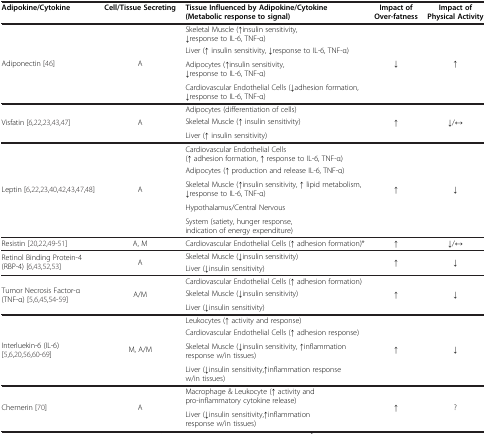
<table><thead><tr><td><b>Adipokine/Cytokine</b></td><td><b>Cell/Tissue Secreting</b></td><td><b>Tissue Influenced by Adipokine/Cytokine(Metabolic response to signal)</b></td><td><b>Impact of Over-fatness</b></td><td><b>Impact of Physical Activity</b></td></tr></thead><tbody><tr><td rowspan="4">Adiponectin [46]</td><td rowspan="4">A</td><td>Skeletal Muscle (↑insulin sensitivity, ↓response to IL-6, TNF-α)</td><td rowspan="4">↓</td><td rowspan="4">↑</td></tr><tr><td>Liver (↑ insulin sensitivity, ↓response to IL-6, TNF-α)</td></tr><tr><td>Adipocytes (↑insulin sensitivity, ↓response to IL-6, TNF-α)</td></tr><tr><td>Cardiovascular Endothelial Cells (↓adhesion formation, ↓response to IL-6, TNF-α)</td></tr><tr><td rowspan="3">Visfatin [6,22,23,43,47]</td><td rowspan="3">A</td><td>Adipocytes (differentiation of cells)</td><td rowspan="3">↑</td><td rowspan="3">↓/↔</td></tr><tr><td>Skeletal Muscle (↑ insulin sensitivity)</td></tr><tr><td>Liver (↑ insulin sensitivity)</td></tr><tr><td rowspan="5">Leptin [6,22,23,40,42,43,47,48]</td><td rowspan="5">A</td><td>Cardiovascular Endothelial Cells (↑ adhesion formation, ↑ response to IL-6, TNF-α)</td><td rowspan="5">↑</td><td rowspan="5">↓</td></tr><tr><td>Adipocytes (↑ production and release IL-6, TNF-α)</td></tr><tr><td>Skeletal Muscle (↑insulin sensitivity, ↑ lipid metabolism, ↓response to IL-6, TNF-α)</td></tr><tr><td>Hypothalamus/Central Nervous</td></tr><tr><td>System (satiety, hunger response, indication of energy expenditure)</td></tr><tr><td>Resistin [20,22,49-51]</td><td>A, M</td><td>Cardiovascular Endothelial Cells (↑ adhesion formation)*</td><td>↑</td><td>↓/↔</td></tr><tr><td rowspan="2">Retinol Binding Protein-4 (RBP-4) [6,43,52,53]</td><td rowspan="2">A</td><td>Skeletal Muscle (↓insulin sensitivity)</td><td rowspan="2">↑</td><td rowspan="2">↓</td></tr><tr><td>Liver (↓insulin sensitivity)</td></tr><tr><td rowspan="3">Tumor Necrosis Factor-α (TNF-α) [5,6,45,54-59]</td><td rowspan="3">A/M</td><td>Cardiovascular Endothelial Cells (↑ adhesion formation)</td><td rowspan="3">↑</td><td rowspan="3">↓</td></tr><tr><td>Skeletal Muscle (↓insulin sensitivity)</td></tr><tr><td>Liver (↓insulin sensitivity)</td></tr><tr><td rowspan="4">Interluekin-6 (IL-6) [5,6,20,56,60-69]</td><td rowspan="4">M, A/M</td><td>Leukocytes (↑ activity and response)</td><td rowspan="4">↑</td><td rowspan="4">↓</td></tr><tr><td>Cardiovascular Endothelial Cells (↑ adhesion response)</td></tr><tr><td>Skeletal Muscle (↓insulin sensitivity, ↑inflammation response w/in tissues)</td></tr><tr><td>Liver (↓insulin sensitivity,↑inflammation response w/in tissues)</td></tr><tr><td rowspan="2">Chemerin [70]</td><td rowspan="2">A</td><td>Macrophage &amp; Leukocyte (↑ activity and pro-inflammatory cytokine release)</td><td rowspan="2">↑</td><td rowspan="2">?</td></tr><tr><td>Liver (↓insulin sensitivity,↑inflammation response w/in tissues)</td></tr></tbody></table>